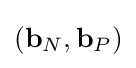
({\textbf {b}}_{N},{\textbf {b}}_{P})